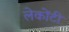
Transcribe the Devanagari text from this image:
लेकोंटी